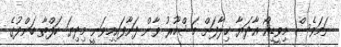
ނަމަވެސް މިވީޑިއޯ އާދަޔާ ޚިލާފަށް މަޝްހޫރު ވާން ފަށާފައިމިވަނީ މިދިޔަ ހަފްތާ ބަންދުގެ